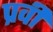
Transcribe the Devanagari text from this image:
प्रवी